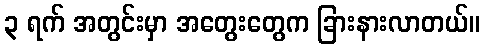
၃ ရက် အတွင်းမှာ အတွေးတွေက ခြားနားလာတယ်။